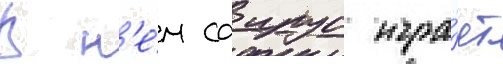
В н'е́м саирус игра́ет